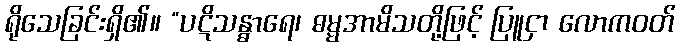
ရိုသေခြင်းရှိ၏။ “ပဋိသန္ဓာရေ၊ ဓမ္မအာမိသတို့ဖြင့် ပြူငှာ လောကဝတ်